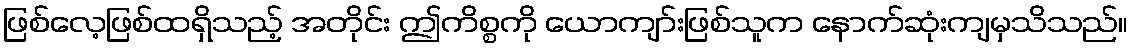
ဖြစ်လေ့ဖြစ်ထရှိသည့် အတိုင်း ဤကိစ္စကို ယောကျာ်းဖြစ်သူက နောက်ဆုံးကျမှသိသည်။